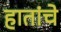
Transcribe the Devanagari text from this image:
हातांचे